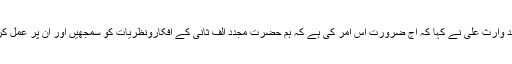
محمد وارث علی نے کہا کہ آج ضرورت اس امر کی ہے کہ ہم حضرت مجدد الف ثانیؒ کے افکارونظریات کو سمجھیں اور ان پر عمل کریں۔